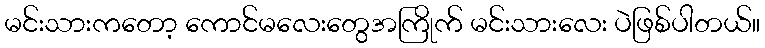
မင်းသားကတော့ ကောင်မလေးတွေအကြိုက် မင်းသားလေး ပဲဖြစ်ပါတယ်။